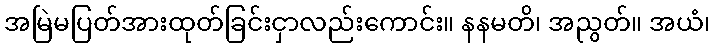
အမြဲမပြတ်အားထုတ်ခြင်းငှာလည်းကောင်း။ နနမတိ၊ အညွတ်။ အယံ၊